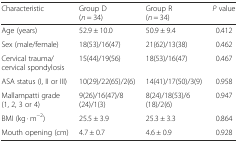
| Characteristic | Group D (n = 34) | Group R (n = 34) | P value |
 | --- | --- | --- | --- |
 | Age (years) | 52.9 ± 10.0 | 50.9 ± 9.4 | 0.412 |
 | Sex (male/female) | 18(53)/16(47) | 21(62)/13(38) | 0.462 |
 | Cervical trauma/cervical spondylosis | 15(44)/19(56) | 18(53)/16(47) | 0.467 |
 | ASA status (I, II or III) | 10(29)/22(65)/2(6) | 14(41)/17(50)/3(9) | 0.958 |
 | Mallampatti grade (1, 2, 3 or 4) | 9(26)/16(47)/8(24)/1(3) | 8(24)/18(53)/6(18)/2(6) | 0.947 |
 | BMI (kg · m−2) | 25.5 ± 3.9 | 25.3 ± 3.3 | 0.864 |
 | Mouth opening (cm) | 4.7 ± 0.7 | 4.6 ± 0.9 | 0.928 |